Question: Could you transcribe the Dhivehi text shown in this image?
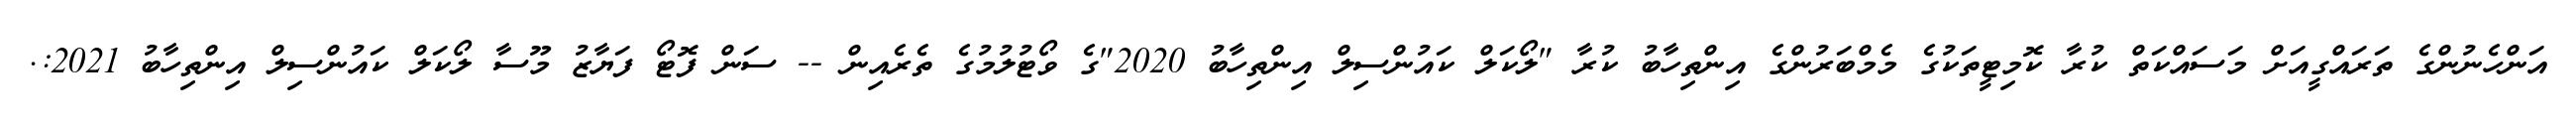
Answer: އަންހެނުންގެ ތަރައްގީއަށް މަސައްކަތް ކުރާ ކޮމިޓީތަކުގެ މެމްބަރުންގެ އިންތިހާބު ކުރާ "ލޯކަލް ކައުންސިލް އިންތިހާބު 2020"ގެ ވޯޓުލުމުގެ ތެރެއިން -- ސަން ފޮޓޯ ފަޔާޒު މޫސާ ލޯކަލް ކައުންސިލް އިންތިހާބު 2021:.